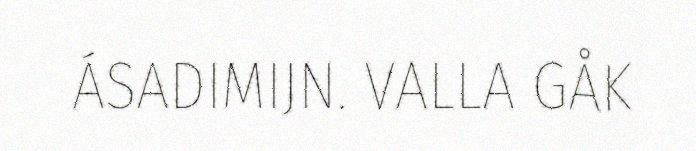
ÁSADIMIJN. VALLA GÅK